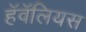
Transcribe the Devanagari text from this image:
हॅवॅलियस